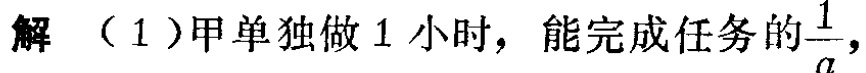
解 （1）甲单独做 1 小时，能完成任务的$\frac{1}{a}$，